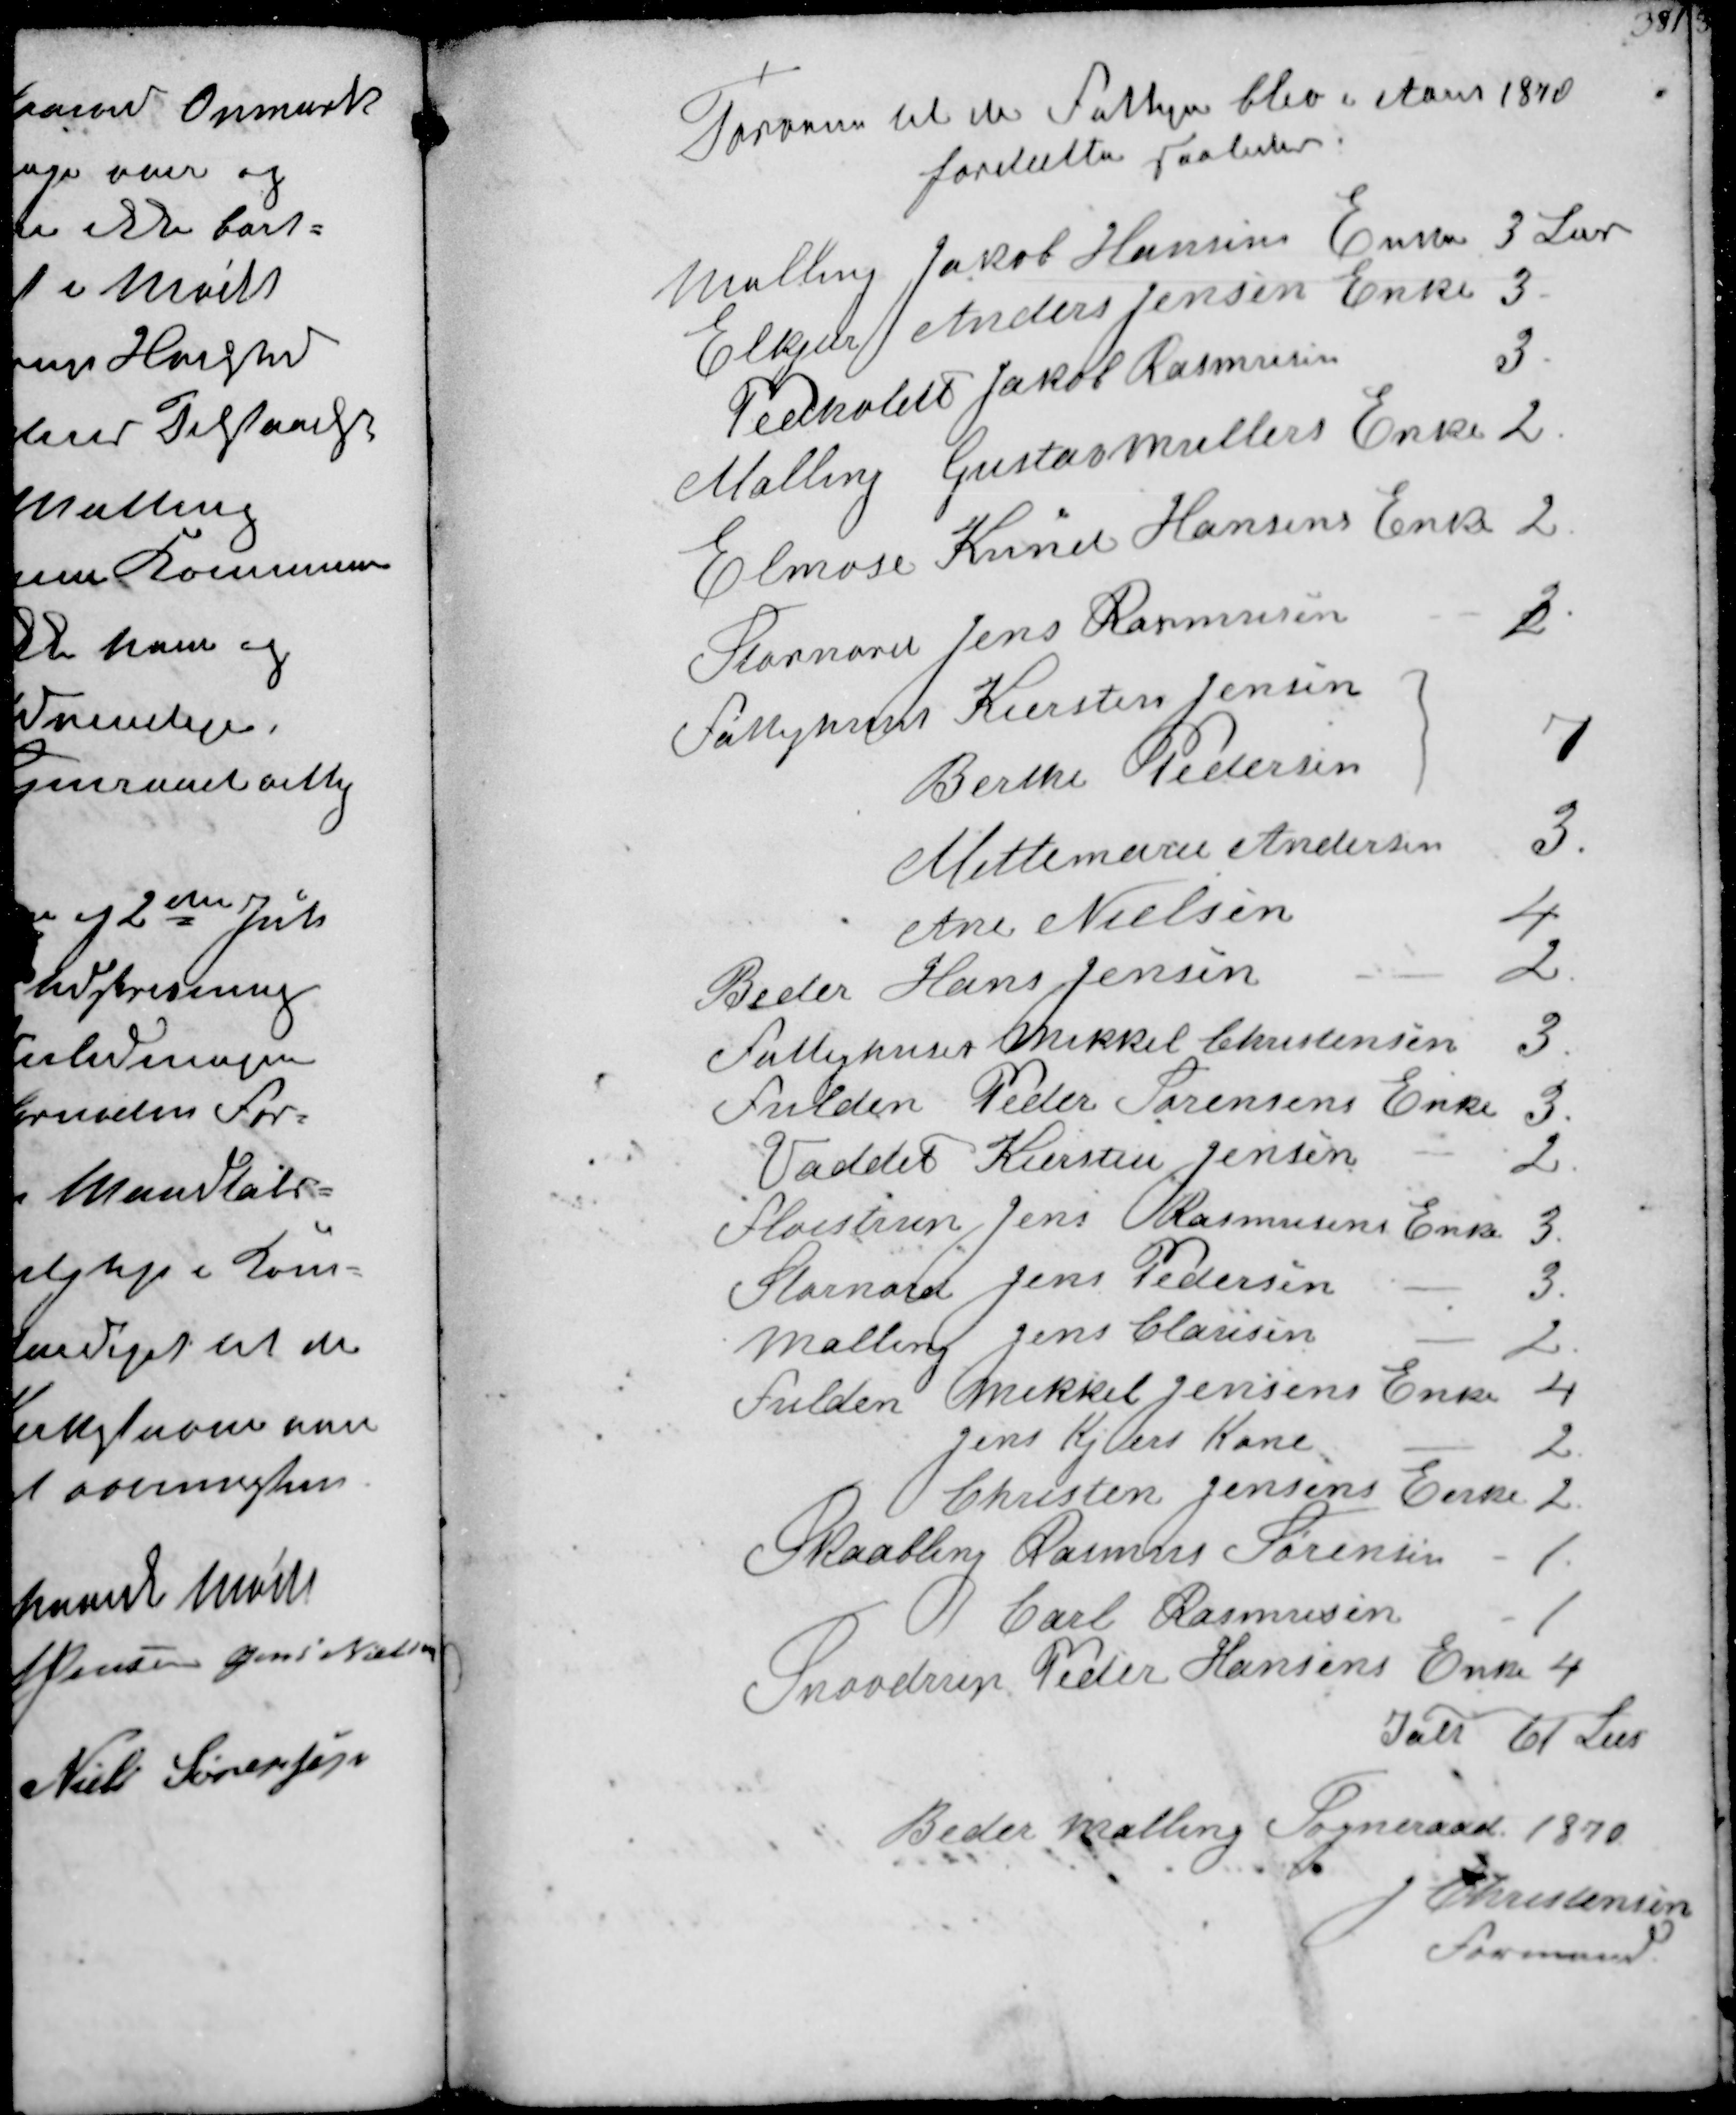
Transskription:
Tørvene til de Fattige blev i Aar 1870
fordelte saaledes
Malling Jacob Hansens Enke
3 Læs
Elkjær Anders Jensen Enke
3
Pedholdt Jakob Rasmussen
3.
Malling Gustav Møllers Enke
2
Elmose Knud Hansens Enke
2.
Stornord Jens Rasmussen
3
Fattighuset Kirsten Jensen
Berthe Pedersen
7
Mettemarie Andersen
3.
Ane Nielsen
4
Beder Hans Jensen
2.
Fattighuus Mikkel Christensen
3
Fulden Peder Sørensens Enke
3.
Vaddet Kirsten Jensen
2
Fløistrup Jens Rasmussens Enke
3
Stornord Jens Pedersen
3.
Malling Jens Clausen
2.
Fulden Mikkel Jensens Enke
4
Jens Kjers Kone
2
Christen Jensens Enke
2.
Skaabling Rasmus Sørensen
1.
Carl Rasmussen
1
Snovdrup Peder Hansens Enke
4
Ialt 61 Læs
Beder Malling Sogneraar 1870.
J Christensen
Formand